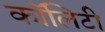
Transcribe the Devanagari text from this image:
कॉलिटी